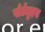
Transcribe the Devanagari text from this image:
पोर्टलुइस